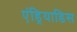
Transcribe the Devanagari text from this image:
एंड्रियाडिस